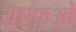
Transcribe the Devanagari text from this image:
युएफ़ओ